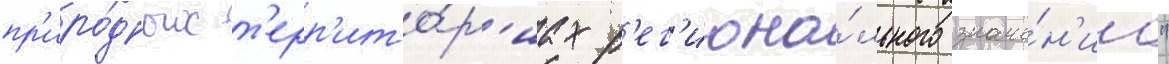
пр'иро́дных т'ерр'ито́р'иах р'ег'иона́льного значе́н'иа"